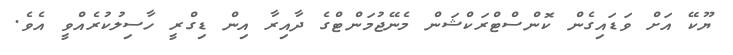
ޔޫކޭ އަށް ވަޑައިގެން ކޮންސްޓްރަކްޝަން މެނޭޖުމަންޓްގެ ދާއިރާ އިން ޑިގްރީ ހާސިލުކުރެއްވީ އެވެ.